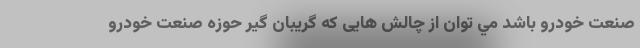
صنعت خودرو باشد مي توان از چالش هايی كه گريبان گير حوزه صنعت خودرو